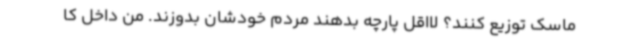
ماسک توزیع کنند؟ لااقل پارچه بدهند مردم خودشان بدوزند. من داخل کا